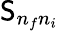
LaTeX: \mathsf{S}_{n_{f}n_{i}}